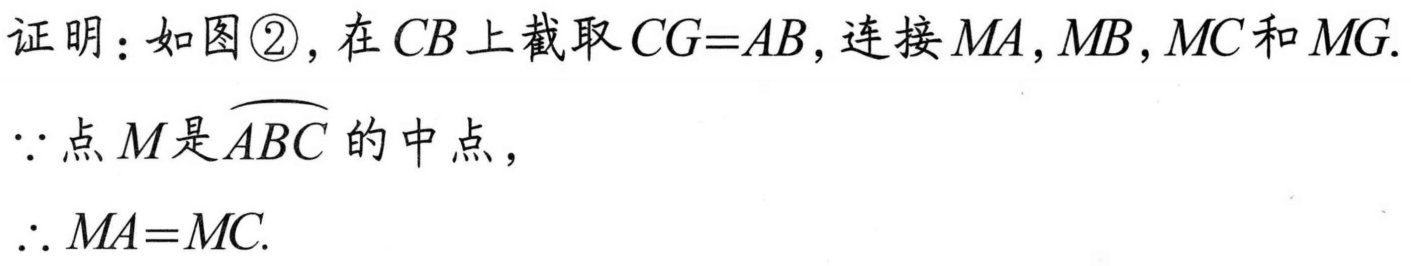
证明：如图\textcircled{2}，在 \(CB\)上截取 \(CG = AB\)，连接 \(MA\)，\(MB\)，\(MC\)和 \(MG\).
\(\because\)点 \(M\)是\(\overset{\frown}{ABC}\)的中点，
\(\therefore MA = MC\).